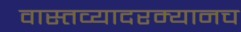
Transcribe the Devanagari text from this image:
वास्तव्यादरम्यानच